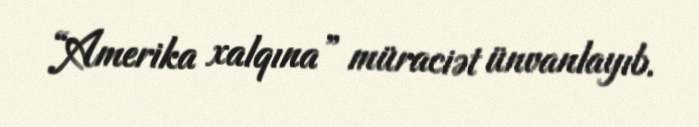
“Amerika xalqına” müraciət ünvanlayıb.